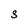
Character: g